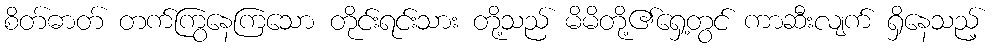
စိတ်ဓာတ် တက်ကြွနေကြသော တိုင်းရင်းသား တို့သည် မိမိတို့၏ရှေ့တွင် ကာဆီးလျက် ရှိနေသည့်